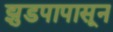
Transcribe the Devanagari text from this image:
झुडपापासून